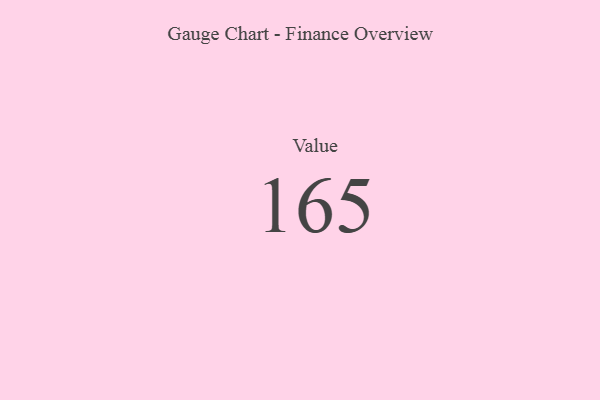
{"axis": {"x": "Metric", "y": "Value"}, "legend": [""], "data": [{"x": "Value", "y": 165, "type": ""}]}